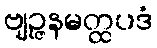
ဗျဉ္ဇနမတ္ထပဒံ